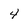
Character: 4